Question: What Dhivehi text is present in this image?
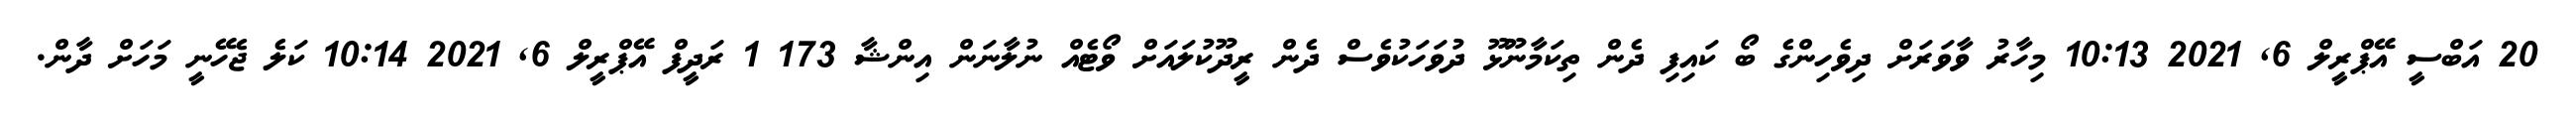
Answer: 20 އަބްސީ އޭޕްރީލް 6, 2021 10:13 މިހާރު ވާވަރަށް ދިވެހިންގެ ބޯ ކައިފި ދެން ތިކަމާނޫޅޫ ދުވަހަކުވެސް ދެން ރީދޫކުލައަށް ވޯޓެއް ނުލާނަން އިންޝާ 173 1 ރަދީފް އޭޕްރީލް 6, 2021 10:14 ކަލެ ޖެހޭނީ މަހަށް ދާން.